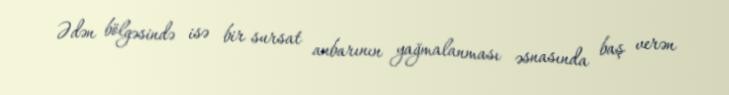
Ədən bölgəsində isə bir sursat anbarının yağmalanması əsnasında baş verən